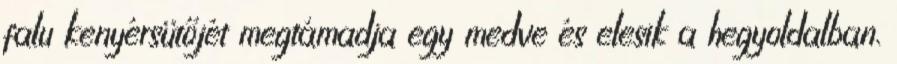
falu kenyérsütőjét megtámadja egy medve és elesik a hegyoldalban.